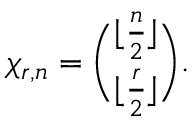
\chi _ { r , n } = { \binom { \lfloor { \frac { n } { 2 } } \rfloor } { \lfloor { \frac { r } { 2 } } \rfloor } } .